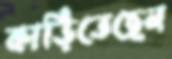
কাড়িতেছেন